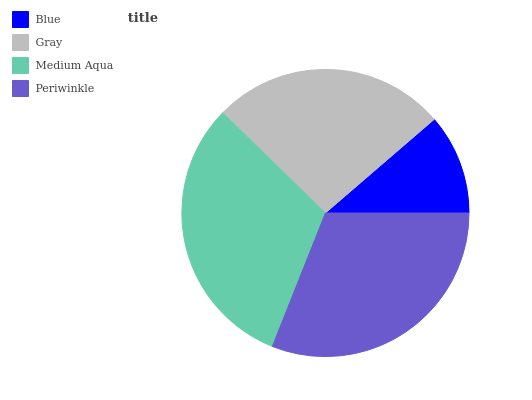
| Blue | Gray | Medium Aqua | Periwinkle |
 | --- | --- | --- | --- |
 | 11.3% | 26.4% | 31.2% | 31% |